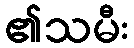
၏သမီး